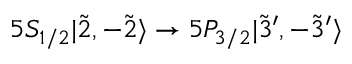
5 S _ { 1 / 2 } | \Tilde { 2 } , - \Tilde { 2 } \rangle \rightarrow 5 P _ { 3 / 2 } | \Tilde { 3 } ^ { \prime } , - \Tilde { 3 } ^ { \prime } \rangle